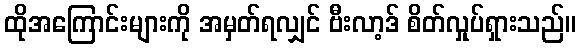
ထိုအကြောင်းများကို အမှတ်ရလျှင် ဗီးလာ့ဒ် စိတ်လှုပ်ရှားသည်။